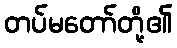
တပ်မတော်တို့၏